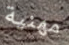
مهنية